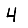
Digit: 4